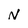
Character: N